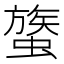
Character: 𧐈